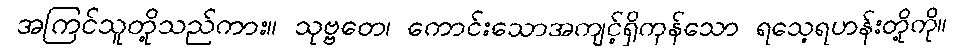
အကြင်သူတို့သည်ကား။ သုဗ္ဗတေ၊ ကောင်းသောအကျင့်ရှိကုန်သော ရသေ့ရဟန်းတို့ကို။